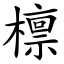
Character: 檩